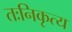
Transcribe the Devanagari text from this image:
तःनिकृत्य